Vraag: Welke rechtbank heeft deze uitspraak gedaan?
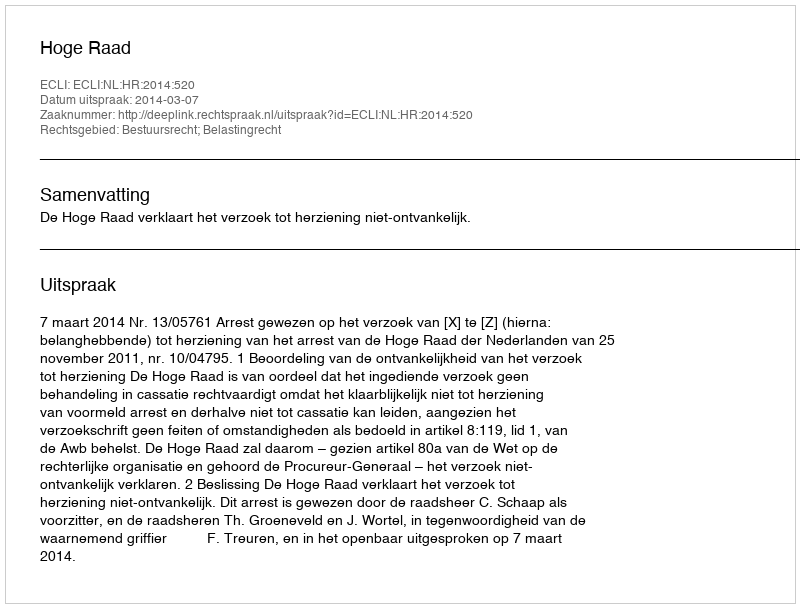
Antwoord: Hoge Raad